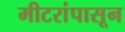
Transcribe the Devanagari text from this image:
मीटरांपासून